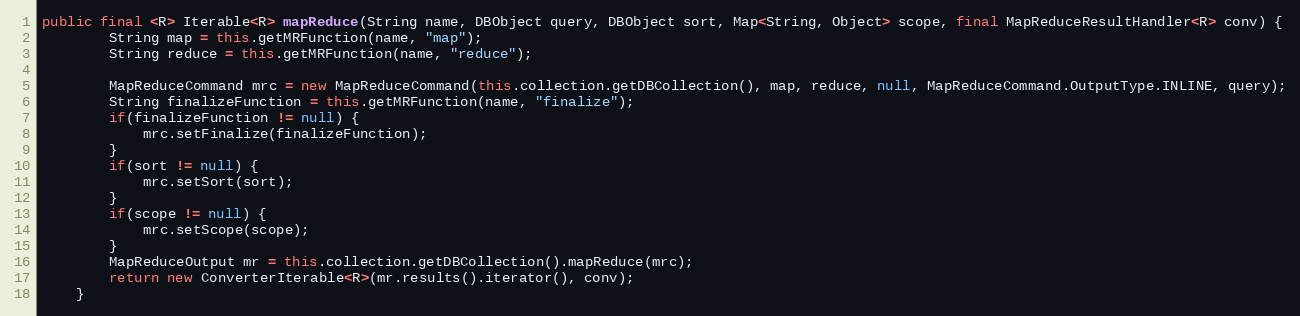
Language: Java
public final <R> Iterable<R> mapReduce(String name, DBObject query, DBObject sort, Map<String, Object> scope, final MapReduceResultHandler<R> conv) {
        String map = this.getMRFunction(name, "map");
        String reduce = this.getMRFunction(name, "reduce");

        MapReduceCommand mrc = new MapReduceCommand(this.collection.getDBCollection(), map, reduce, null, MapReduceCommand.OutputType.INLINE, query);
        String finalizeFunction = this.getMRFunction(name, "finalize");
        if(finalizeFunction != null) {
            mrc.setFinalize(finalizeFunction);
        }
        if(sort != null) {
            mrc.setSort(sort);
        }
        if(scope != null) {
            mrc.setScope(scope);
        }
        MapReduceOutput mr = this.collection.getDBCollection().mapReduce(mrc);
        return new ConverterIterable<R>(mr.results().iterator(), conv);
    }